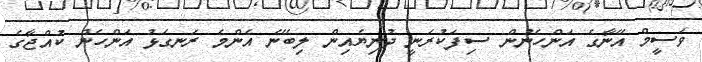
ވަސީމް އޭނާގެ އަންހެނުން ސިފަކުރަނީ ދުނިޔެއިން ލިބޭނެ އެންމެ ރަނގަޅު އަންހެން ކުއްޖާގެ